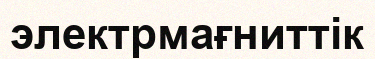
электрмағниттік